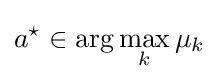
a^{\star }\in \arg \max _{k}\mu _{k}